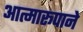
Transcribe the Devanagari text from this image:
आत्मारूपाने